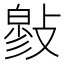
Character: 𢿉